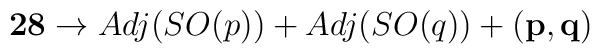
{\bf 28}\rightarrow Adj(SO(p))+ Adj(SO(q))+{\bf(p,q)}